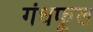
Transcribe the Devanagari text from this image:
गंधफूल